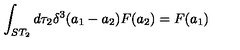
\int _ { S T _ { 2 } } d \tau _ { 2 } \delta ^ { 3 } ( a _ { 1 } - a _ { 2 } ) F ( a _ { 2 } ) = F ( a _ { 1 } )